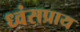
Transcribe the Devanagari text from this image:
ध्वंसप्राय